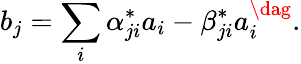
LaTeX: b_{j}=\sum_{i}\alpha_{ji}^{*}a_{i}-\beta_{ji}^{*}a_{i}^{\dag}.